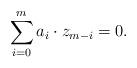
LaTeX: \begin{align*} \sum_{i=0}^{m} a_{i} \cdot z_{m-i} = 0. \end{align*}